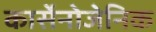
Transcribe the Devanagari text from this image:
कार्सेनोजेनिक